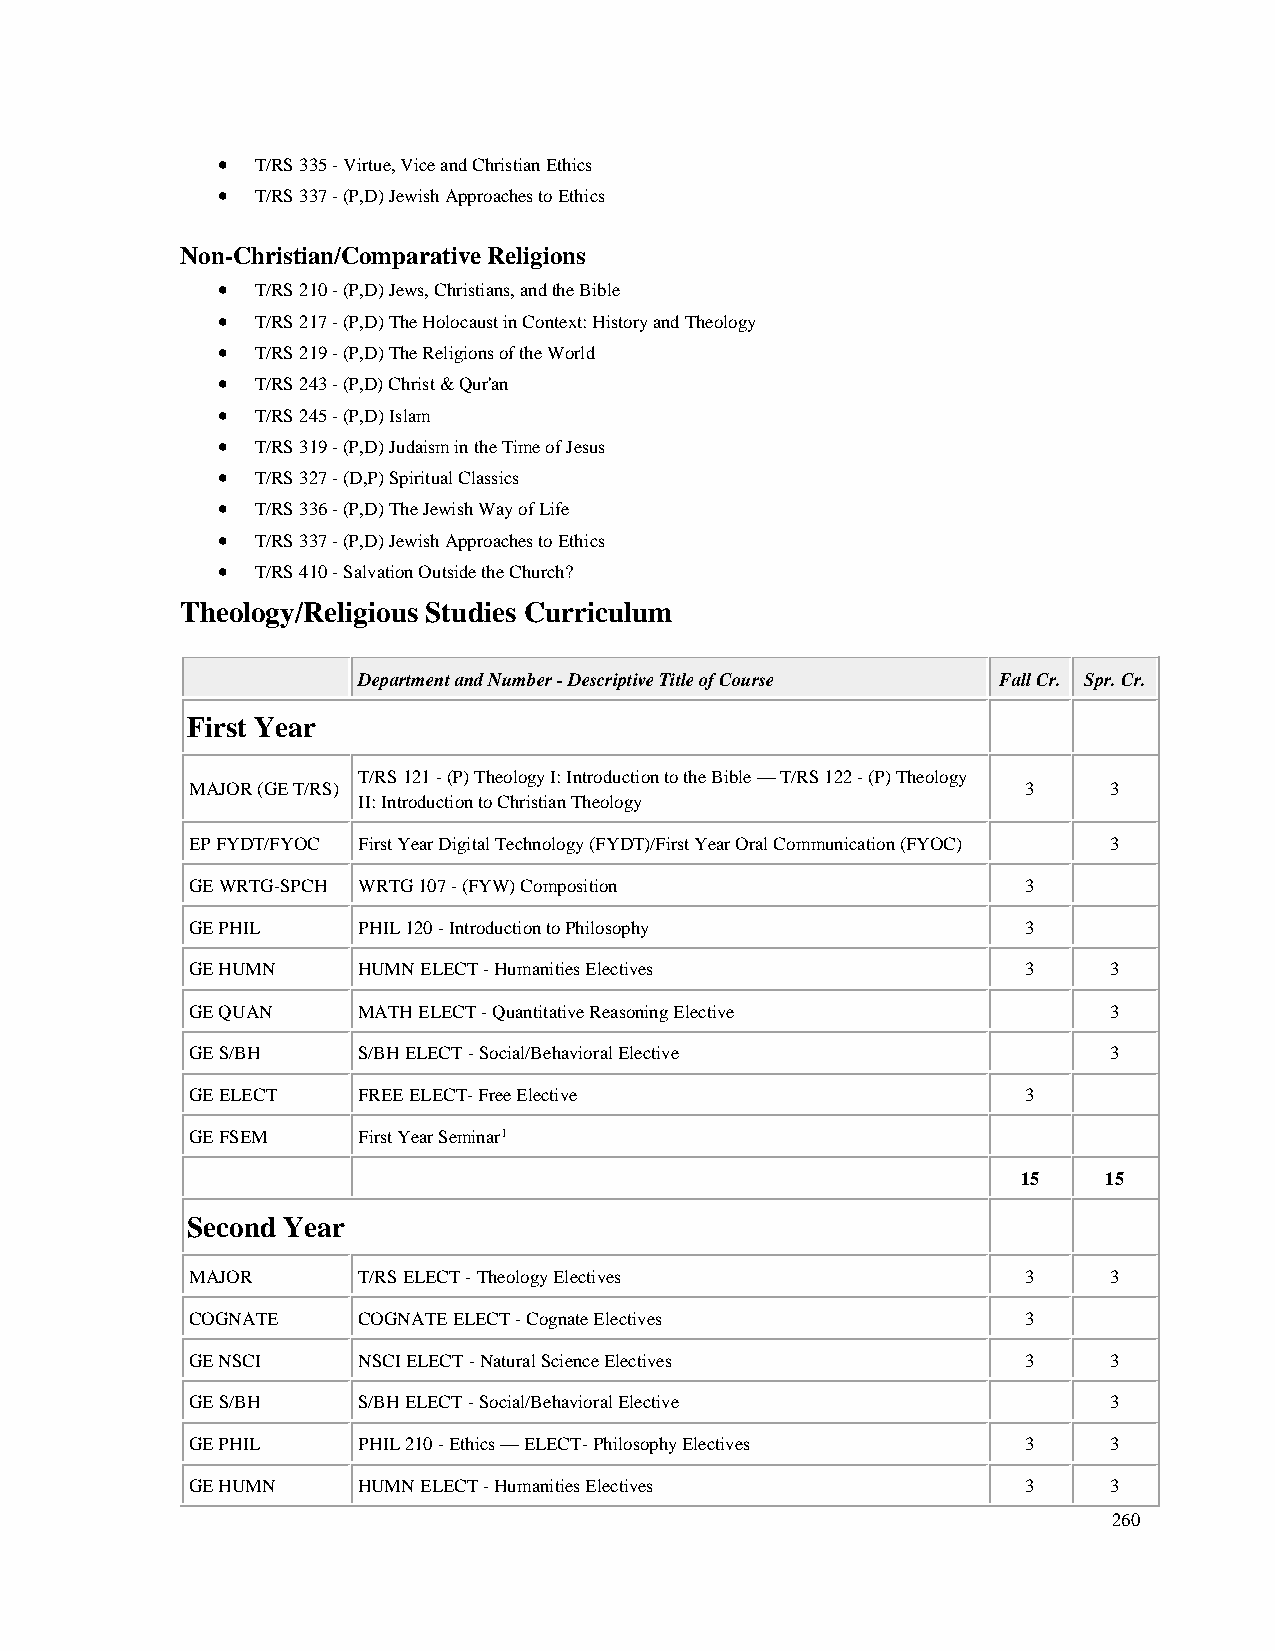
•  T/RS 335 - Virtue, Vice and Christian Ethics
 •  T/RS 337 - (P,D) Jewish Approaches to Ethics
 Non-Christian/Comparative Religions
 •  T/RS 210 - (P,D) Jews, Christians, and the Bible
 •  T/RS 217 - (P,D) The Holocaust in Context: History and Theology
 •  T/RS 219 - (P,D) The Religions of the World
 •  T/RS 243 - (P,D) Christ & Qur'an
 •  T/RS 245 - (P,D) Islam
 •  T/RS 319 - (P,D) Judaism in the Time of Jesus
 •  T/RS 327 - (D,P) Spiritual Classics
 •  T/RS 336 - (P,D) The Jewish Way of Life
 •  T/RS 337 - (P,D) Jewish Approaches to Ethics
 •  T/RS 410 - Salvation Outside the Church?
 Theology/Religious Studies Curriculum
 Department and Number - Descriptive Title of Course Fall Cr. Spr. Cr.
 First Year
 T/RS 121 - (P) Theology I: Introduction to the Bible — T/RS 122 - (P) Theology
 MAJOR (GE T/RS)                                        3     3
 II: Introduction to Christian Theology
 EP FYDT/FYOC First Year Digital Technology (FYDT)/First Year Oral Communication (FYOC) 3
 GE WRTG-SPCH WRTG 107 - (FYW) Composition              3
 GE PHIL    PHIL 120 - Introduction to Philosophy       3
 GE HUMN    HUMN ELECT - Humanities Electives           3     3
 GE QUAN    MATH ELECT - Quantitative Reasoning Elective      3
 GE S/BH    S/BH ELECT - Social/Behavioral Elective           3
 GE ELECT   FREE ELECT- Free Elective                   3
 GE FSEM    First Year Seminar1
 15   15
 Second Year
 MAJOR      T/RS ELECT - Theology Electives             3     3
 COGNATE    COGNATE ELECT - Cognate Electives           3
 GE NSCI    NSCI ELECT - Natural Science Electives      3     3
 GE S/BH    S/BH ELECT - Social/Behavioral Elective           3
 GE PHIL    PHIL 210 - Ethics — ELECT- Philosophy Electives 3 3
 GE HUMN    HUMN ELECT - Humanities Electives           3     3
 260